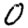
Digit: 0